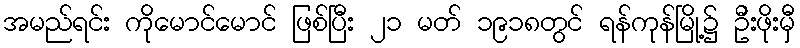
အမည်ရင်း ကိုမောင်မောင် ဖြစ်ပြီး ၂၁ မတ် ၁၉၁၈တွင် ရန်ကုန်မြို့၌ ဦးဖိုးမှီ